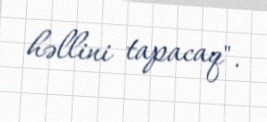
həllini tapacaq".